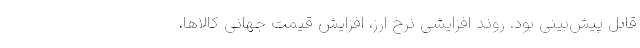
قابل پیش‌بینی بود. روند افزایشی نرخ ارز، افزایش قیمت جهانی کالاها،